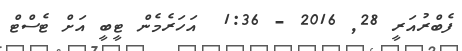
ފެބްރުއަރީ 28